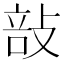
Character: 㪗